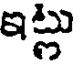
ఇట్లు